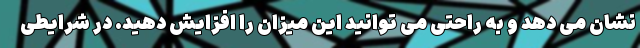
نشان می دهد و به راحتی می توانید این میزان را افزایش دهید. در شرایطی